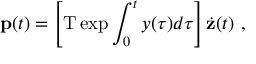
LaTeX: { \bf p } ( t ) = \left[ \mathrm { T } \exp \int _ { 0 } ^ { t } y ( \tau ) d \tau \right] \dot { \bf z } ( t ) \ ,